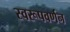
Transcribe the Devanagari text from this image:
स्वरूपवर्णन